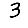
Digit: 3